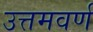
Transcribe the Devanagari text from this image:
उत्तमवर्ण